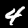
Label: 4